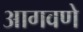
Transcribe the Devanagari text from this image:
आगवणे